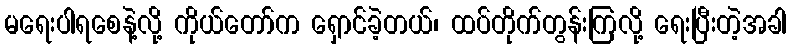
မရေးပါရစေနဲ့လို့ ကိုယ်တော်က ရှောင်ခဲ့တယ်၊ ထပ်တိုက်တွန်းကြလို့ ရေးပြီးတဲ့အခါ